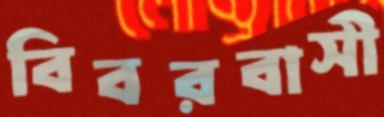
বিবরবাসী